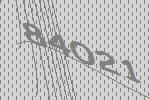
84021